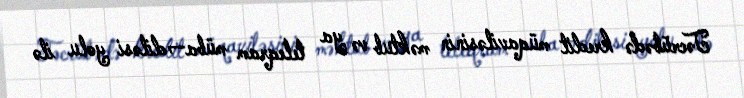
Təcrübədə kredit müqaviləsinin məktub və ya teleqram müba¬diləsi yolu ilə